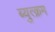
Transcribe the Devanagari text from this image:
ब्युत्क्रम